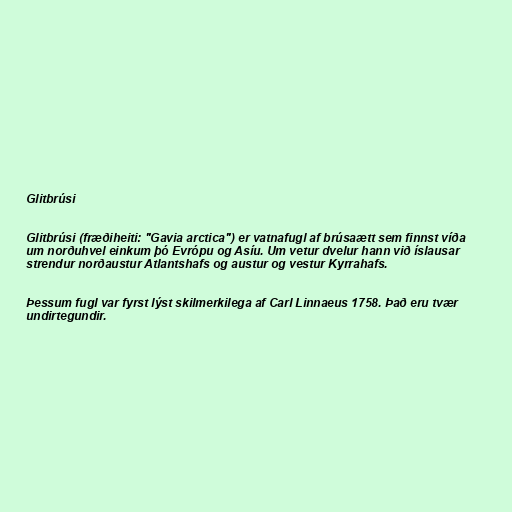
Glitbrúsi

Glitbrúsi (fræðiheiti: "Gavia arctica") er vatnafugl af brúsaætt sem finnst víða
um norðuhvel einkum þó Evrópu og Asíu. Um vetur dvelur hann við íslausar
strendur norðaustur Atlantshafs og austur og vestur Kyrrahafs.

Þessum fugl var fyrst lýst skilmerkilega af Carl Linnaeus 1758. Það eru tvær
undirtegundir.